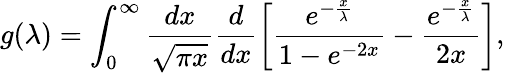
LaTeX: g(\lambda)=\int_{0}^{\infty}\frac{dx}{\sqrt{\pi x}}\frac{d}{dx}\left[\frac{e^{-\frac{x}{\lambda}}}{1-e^{-2x}}-\frac{e^{-\frac{x}{\lambda}}}{2x}\right],